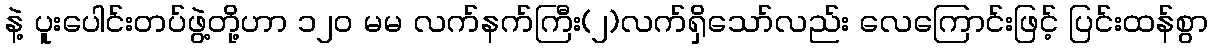
နဲ့ ပူးပေါင်းတပ်ဖွဲ့တို့ဟာ ၁၂၀ မမ လက်နက်ကြီး(၂)လက်ရှိသော်လည်း လေကြောင်းဖြင့် ပြင်းထန်စွာ